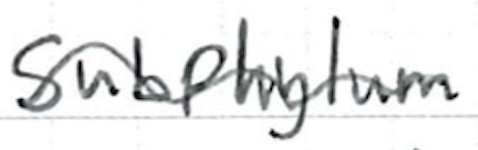
Text: subphylum
Cross-out: wave
Writing tool: ballpoint